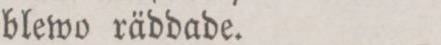
blewo räddade.